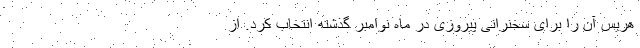
هریس آن را برای سخنرانی پیروزی در ماه نوامبر گذشته انتخاب کرد. از